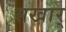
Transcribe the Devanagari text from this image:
सखार्